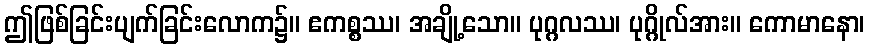
ဤဖြစ်ခြင်းပျက်ခြင်းလောက၌။ ဧကစ္စဿ၊ အချို့သော။ ပုဂ္ဂလဿ၊ ပုဂ္ဂိုလ်အား။ ကောမာနော၊